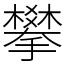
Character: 攀